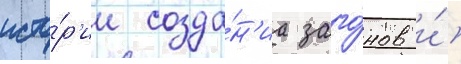
исто́р'ии созда́н'иа заго́нов и́